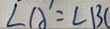
\angle A ^ { \prime } = \angle B C